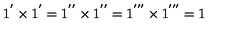
1 ^ { ' } \times 1 ^ { ' } = 1 ^ { ' ^ { \prime } } \times 1 ^ { ' ^ { \prime } } = 1 ^ { ' ^ { \prime \prime } } \times 1 ^ { ' ^ { \prime \prime } } = 1